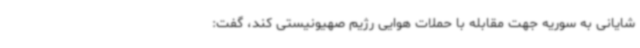
شایانی به سوریه جهت مقابله با حملات هوایی رژیم صهیونیستی کند، گفت: